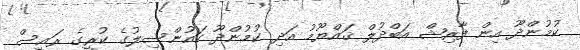
ކުމުންދޫ އިން ފާރިޝް އަބްދުލް ޤައްޔޫމު އަދި ކުމުންދޫ ކައުންސިލުގެ ކުރީގެ ރައީސް